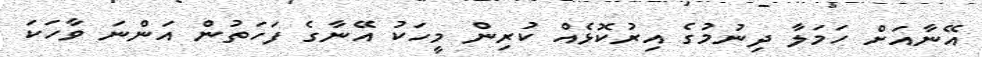
އޭނާއަށް ހަމަލާ ދިނުމުގެ އިރުކޮޅެއް ކުރިން މީހަކު އޭނާގެ ފަހަތުން އަންނަ ވާހަކަ